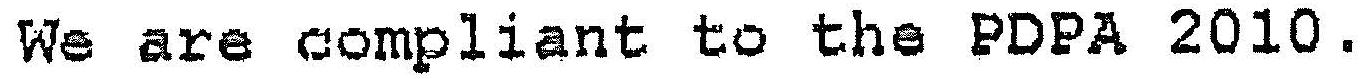
WE ARE COMPLIANT TO THE PDPA 2010.